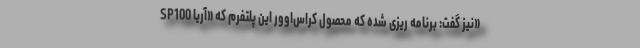
SP100 نیز گفت: برنامه ریزی شده که محصول کراس‌اوور این پلتفرم که «آریا»